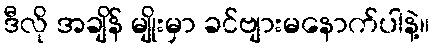
ဒီလို အချိန် မျိုးမှာ ခင်ဗျားမနောက်ပါနဲ့။